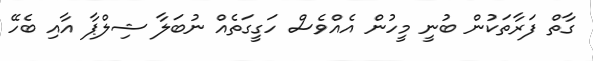
ގާތް ފަރާތަކުން ބުނީ މީހުން އެއްވެސް ހަގީގަތެއް ނުބަލާ ޝިލްޕާ އާއި ބެހޭ